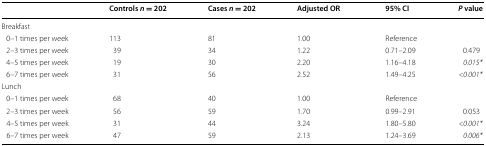
<table><thead><tr><td></td><td><b>Controls <i>n</i> = 202</b></td><td><b>Cases <i>n</i> = 202</b></td><td><b>Adjusted OR</b></td><td><b>95% CI</b></td><td><b><i>P</i> value</b></td></tr></thead><tbody><tr><td colspan="6">Breakfast</td></tr><tr><td> 0–1 times per week</td><td>113</td><td>81</td><td>1.00</td><td>Reference</td><td></td></tr><tr><td> 2–3 times per week</td><td>39</td><td>34</td><td>1.22</td><td>0.71–2.09</td><td>0.479</td></tr><tr><td> 4–5 times per week</td><td>19</td><td>30</td><td>2.20</td><td>1.16–4.18</td><td><i>0.015*</i></td></tr><tr><td> 6–7 times per week</td><td>31</td><td>56</td><td>2.52</td><td>1.49–4.25</td><td><i>&lt;0.001*</i></td></tr><tr><td colspan="6">Lunch</td></tr><tr><td> 0–1 times per week</td><td>68</td><td>40</td><td>1.00</td><td>Reference</td><td></td></tr><tr><td> 2–3 times per week</td><td>56</td><td>59</td><td>1.70</td><td>0.99–2.91</td><td>0.053</td></tr><tr><td> 4–5 times per week</td><td>31</td><td>44</td><td>3.24</td><td>1.80–5.80</td><td><i>&lt;0.001*</i></td></tr><tr><td> 6–7 times per week</td><td>47</td><td>59</td><td>2.13</td><td>1.24–3.69</td><td><i>0.006*</i></td></tr></tbody></table>